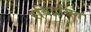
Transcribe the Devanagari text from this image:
रविद्रसिंग